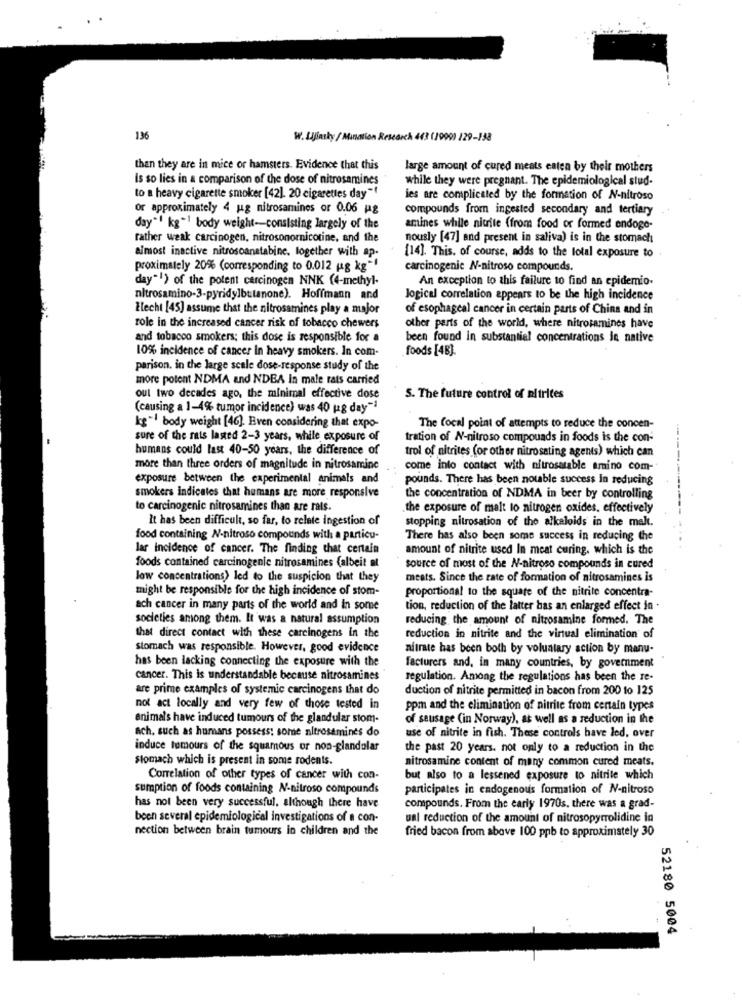
136
W. Iljinsky / Mination Research 443 (2000) 229-138
then they are in mice or hamsters. Evidence that this
large amount of cured meats eaten by their mothers
Is so lies in a comparison of the dose of nitrosamines
while they were pregnant. The epidemiological stud-
to a heavy cigarette smoker [42]. 20 cigarettes day"!
ies are complicated by the formation of N-nitroso
or approximately 4 ug nitrosamines or 0.06 jag
compounds from ingested secondary and tertiary
day"1 kg"1 body weight -- consisting largely of the
amines while nitrite (from food or formed endoge-
rather weak carcinogen, nitrosonornicotine, and the
nously [47] and present in saliva) is in the stomach
almost inactive nitrosoanetabine, together with ap.
[14]. This. of course, adds to the total exposure to.
proximately 20% (corresponding to 0.012 ug kg"!
carcinogenic N-nitroso compounds.
day"!) of the potent carcinogen NNK (4-methyl-
An exception to this failure to find an epidemio-
nitrosamino-3-pyridylbutanone). Hoffmann and
Jogical correlation appears to be the high incidence
Elecht [45] assume that the nitrosamines play a major
of esophageal cancer in certain parts of China and in
role in the increased cancer risk of tobacco chewers
other parts of the world, where nitrosamines have
and tobacco smokers; this dose is responsible for a
been found in substantial concentrations Je native
foods [4B].
10% incidence of cancer In heavy smokers. In com
parison. in the large scale dose-response study of the
more potent NDMA and NDBA In male rats carried
out two decades ago, the minimal effective dose
S. The future control of nitrites
(causing a 1-4% tumor incidence) was 40 ug day"
kg"1 body weight [46]. Even considering that expo-
The focal point of attempts to reduce the concen-
sure of the rats lasted 2-3 years, while exposure of
tration of N-nitroso compounds in foods is the con-
humans could last 40-50 years, the difference of
trol of nitrites (or other nitrosating agents) which can
more than three orders of magnitude in nitrosaminc
come into contact with nitrosatable amino com-
exposure between the experimental animals and
pounds. There has been notable success In reducing
smokers indicates that humans are more responsive
the concentration of NDMA in beer by controlling
to carcinogenic nitrosamines than are rats.
the exposure of malt to nitrogen oxides, effectively
It has been difficult, so far, to relate ingestion of
stopping nitrosation of the alkaloids in the melt.
food containing N-nitroso compounds with a particu-
There has also been some success in reducing the
lar incidence of cancer. The finding that certain
amount of nitrite used In meat curing. which is the
foods contained carcinogenic nitrosamines (albeit at
source of most of the N-nitroso compounds in cured
low concentrations> led to the suspicion that they
meats. Since the rate of formation of nitrosamines is
might be responsible for the high incidence of stom-
proportional to the square of the nitrite concentra-
ach cancer in many parts of the world and In some
tion, reduction of the latter bas an enlarged effect in .
societies among them. It was a natural assumption
reducing the amount of nitrosamine formed. The
that direct contact with these carcinogens in the
reduction in nitrite and the virtual elimination of
stomach was responsible. However, good evidence
nitrate has been both by voluntary action by manu-
has been lacking connecting the exposure with the
facturers and, in many countries, by government
cancer. This is understandable because nitrosamines
regulation. Among the regulations has been the re-
are prime examples of systemic carcinogens that do
duction of nitrite permitted in bacon from 200 to 125
not act locally and very few of those tested in
ppm and the elimination of nitrite from certain types
animals have induced tumours of the glandular stom-
of seusage (in Norway), as well as a reduction in the
ach. such as humans possess: some nitrosamines do
use of nitrite in fish. These controls have led, over
induce tumours of the squamous or non-glandular
the past 20 years. not only to a reduction in the
Stomach which is present in some rodents.
nitrosamine content of many common cured meats.
Correlation of other types of cancer with con-
but also to a lessened exposure to nitrite which
sumption of foods containing N-nitroso compounds
participates in endogenous formation of N-nitroso
has not been very successful, although there have
compounds. From the early 1970s. there was a grad-
been several epidemiological investigations of a con-
ual reduction of the amount of nitrosopyrrolidine in
nection between brain tumours in children and the
fried bacon from above 100 ppb to approximately 30
52180 5004